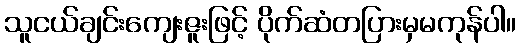
သူငယ်ချင်းကျေးဇူးဖြင့် ပိုက်ဆံတပြားမှမကုန်ပါ။